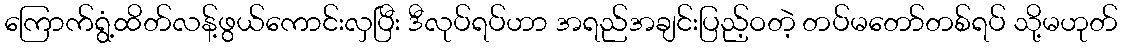
ကြောက်ရွံ့ထိတ်လန့်ဖွယ်ကောင်းလှပြီး ဒီလုပ်ရပ်ဟာ အရည်အချင်းပြည့်ဝတဲ့ တပ်မတော်တစ်ရပ် သို့မဟုတ်